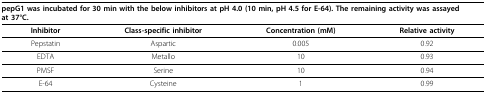
| <COLSPAN=4> pepG1 was incubated for 30 min with the below inhibitors at pH 4.0 (10 min, pH 4.5 for E-64). The remaining activity was assayed at 37°C. |
 | --- | --- | --- | --- |
 | Inhibitor | Class-specific inhibitor | Concentration (mM) | Relative activity |
 | Pepstatin | Aspartic | 0.005 | 0.92 |
 | EDTA | Metallo | 10 | 0.93 |
 | PMSF | Serine | 10 | 0.94 |
 | E-64 | Cysteine | 1 | 0.99 |